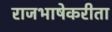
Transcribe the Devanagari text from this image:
राजभाषेकरीता